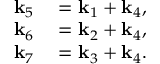
\begin{array} { r l } { \mathbf { k } _ { 5 } } & { { } = \mathbf { k } _ { 1 } + \mathbf { k } _ { 4 } , } \\ { \mathbf { k } _ { 6 } } & { { } = \mathbf { k } _ { 2 } + \mathbf { k } _ { 4 } , } \\ { \mathbf { k } _ { 7 } } & { { } = \mathbf { k } _ { 3 } + \mathbf { k } _ { 4 } . } \end{array}